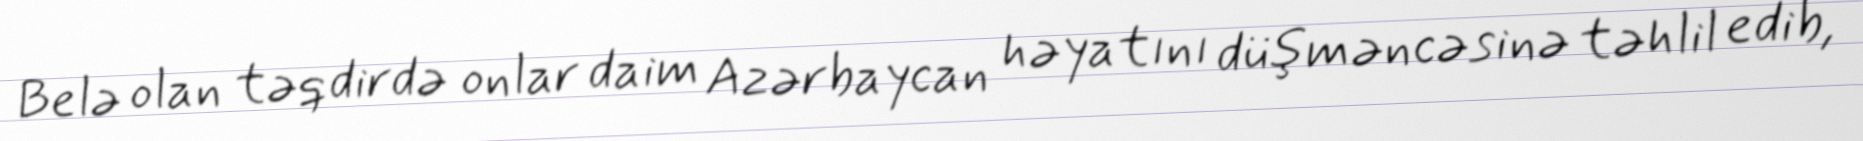
Belə olan təqdirdə onlar daim Azərbaycan həyatını düşməncəsinə təhlil edib,